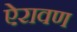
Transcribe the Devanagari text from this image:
ऐरावण